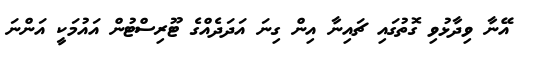
އޭނާ ވިދާޅުވި ގޮތުގައި ޗައިނާ އިން ގިނަ އަދަދެއްގެ ޓޫރިސްޓުން އައުމަކީ އަންނަ